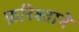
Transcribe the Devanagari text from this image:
फ़रिश्ताने